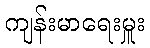
ကျန်းမာရေးမှူး